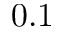
0 . 1